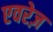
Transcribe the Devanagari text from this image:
एवरेज़